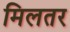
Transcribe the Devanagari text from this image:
मिलतर